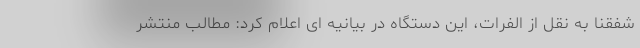
شفقنا به نقل از الفرات، این دستگاه در بیانیه ای اعلام کرد: مطالب منتشر